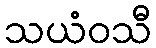
သယံဝသီ